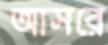
আসরে